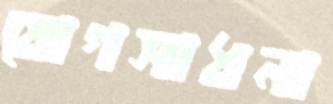
যোগসাধনা